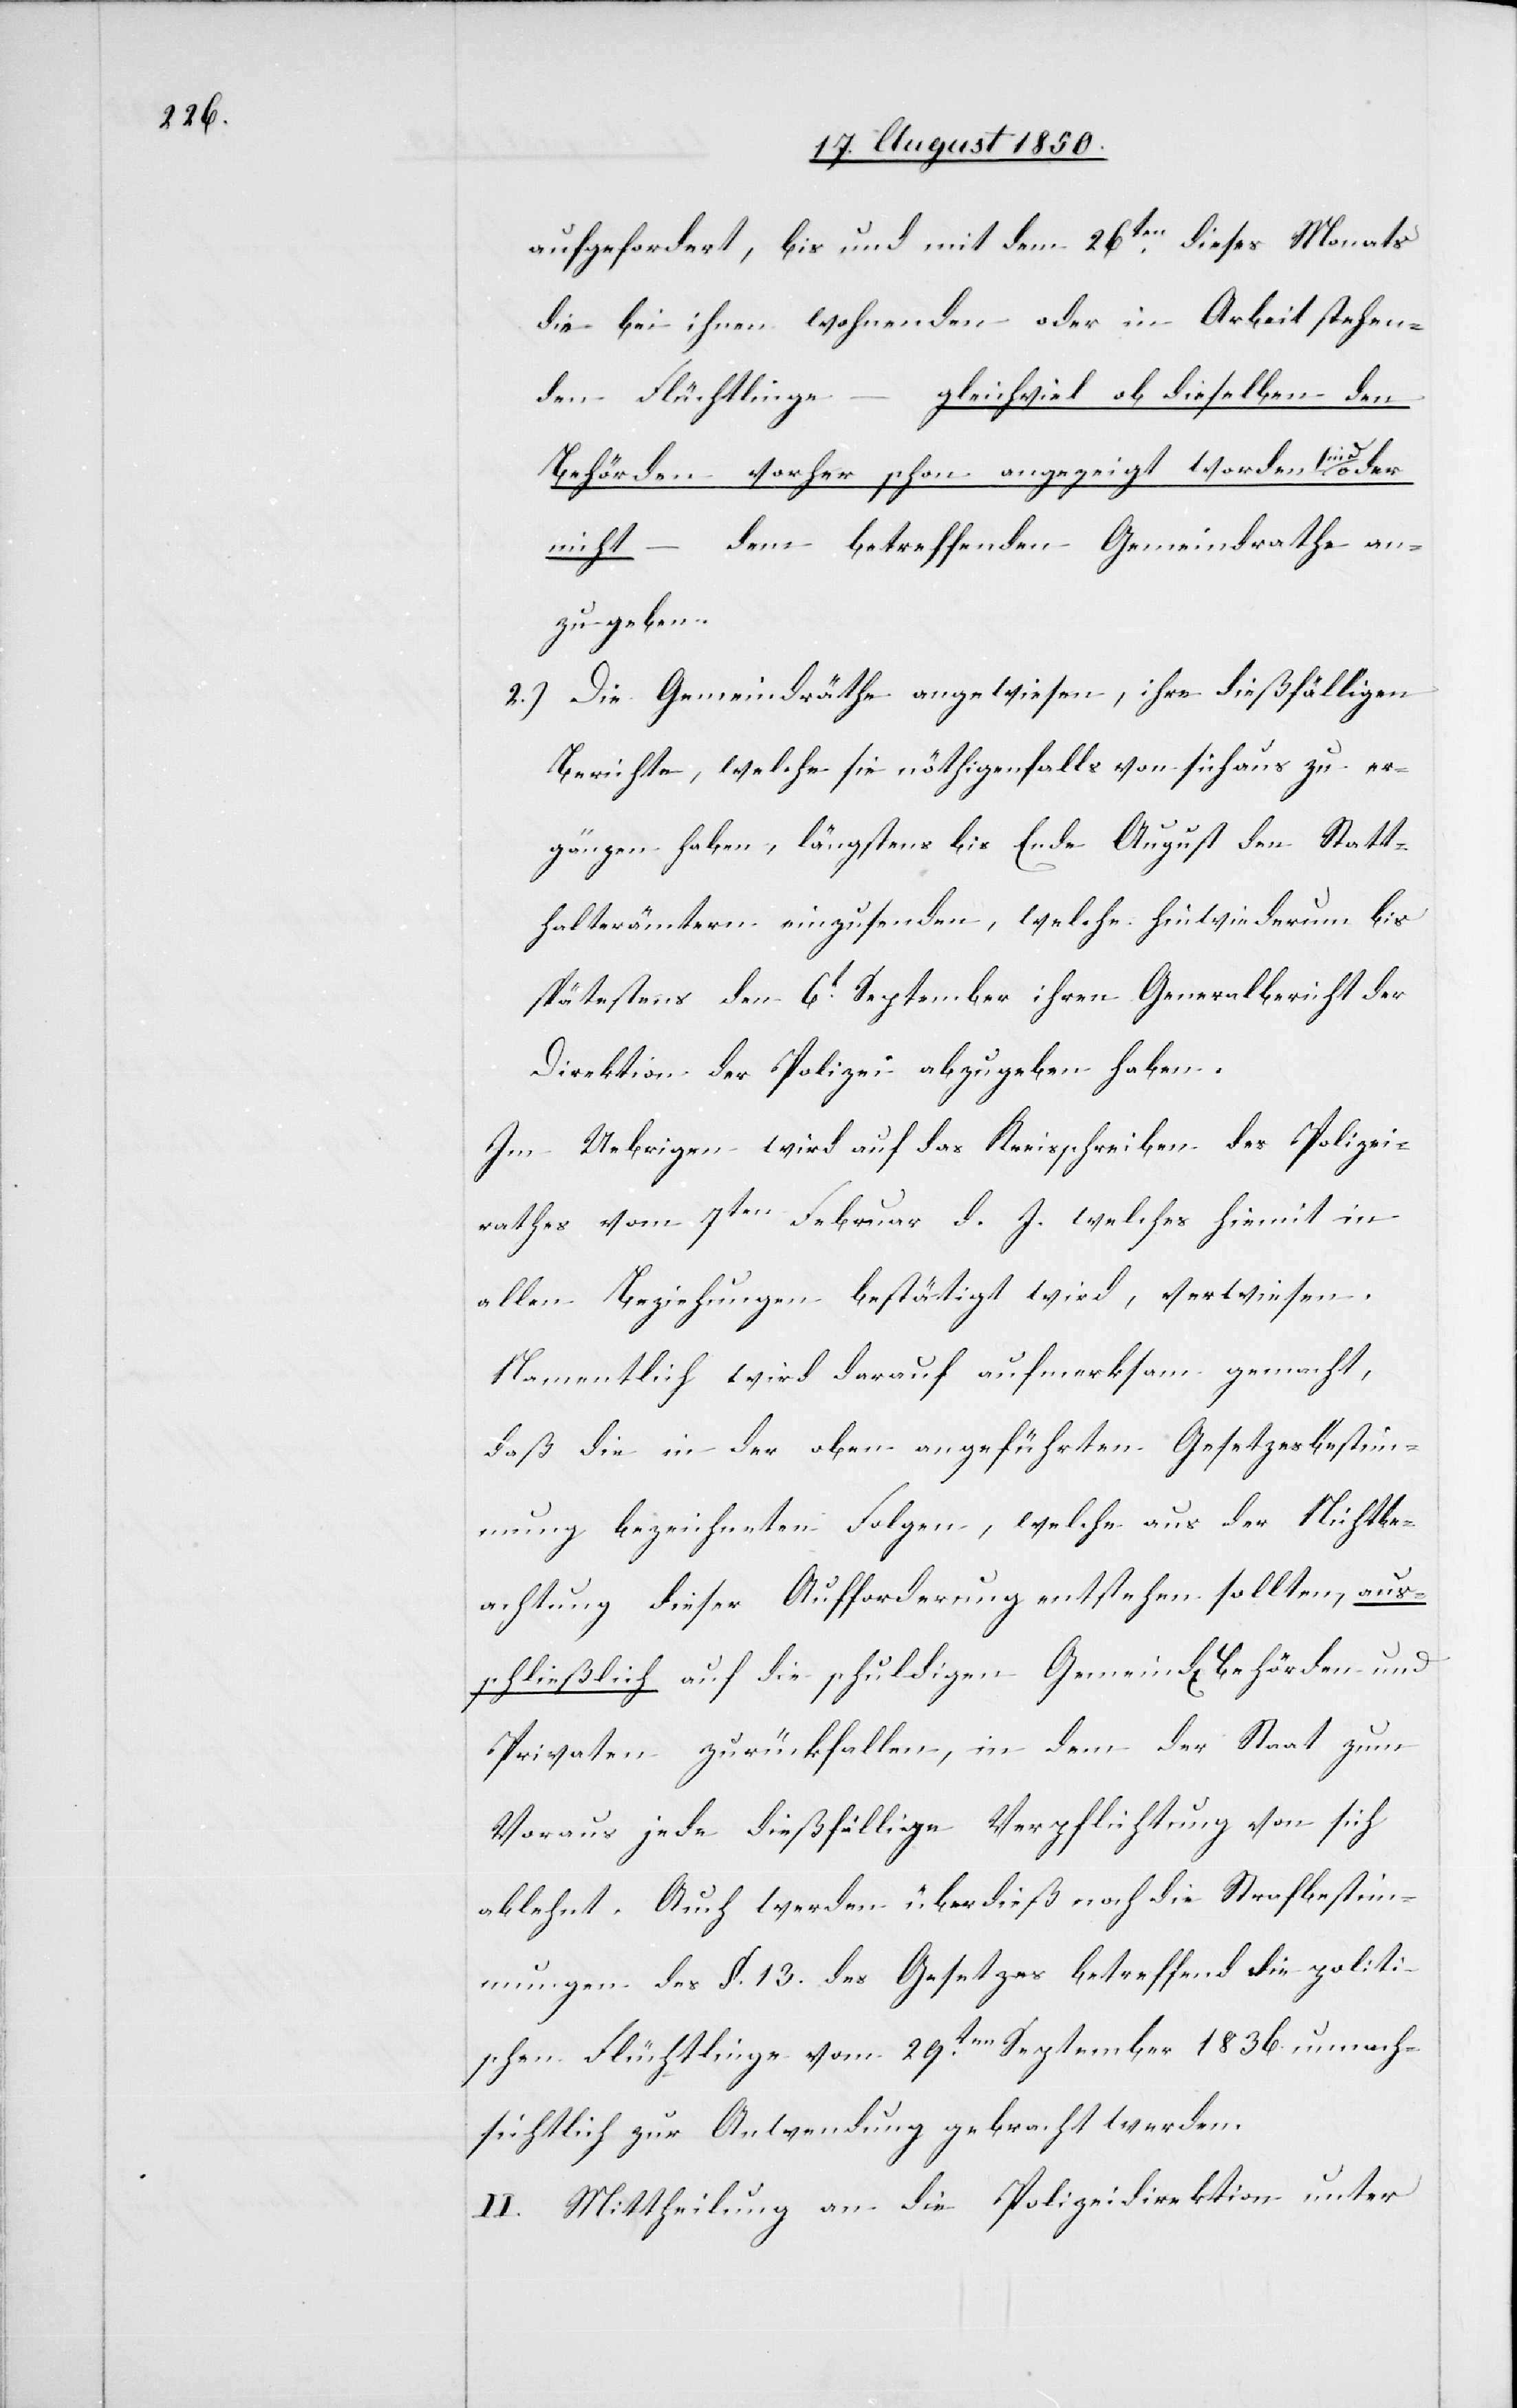
aufgefordert, bis und mit dem 26ten dieses Monats
die bei ihnen wohnenden oder in Arbeit stehen¬
den Flüchtlinge
gleichviel ob dieselben den
Behörden vorher schon angezeigt worden sind oder
nicht – dem betreffenden Gemeindrathe an¬
zugeben.
2.) Die Gemeindräthe angewiesen, ihre dießfälligen
Berichte, welche sie nöthigenfalls von sich aus zu er¬
gänzen haben, längstens bis Ende August den Statt¬
halterämtern einzusenden, welche hinwiederum bis
spätestens den 6t September ihren Generalbericht der
Direktion der Polizei abzugeben haben.
Im Uebrigen wird auf das Kreisschreiben des Polizei¬
rathes vom 7ten Februar d. J. welches hiemit in
allen Beziehungen bestätigt wird, verwiesen.
Namentlich wird darauf aufmerksam gemacht,
daß die in der oben angeführten Gesetzesbestim¬
mung bezeichneten Folgen, welche aus der Nichtbe¬
achtung dieser Aufforderung entstehen sollten, aus¬
schließlich auf die schuldigen Gemeind[s]behörden und
Privaten zurückfallen, in dem der Staat zum
Voraus jede dießfällige Verpflichtung von sich
ablehnt. Auch werden überdieß noch die Strafbestim¬
mungen des §. 13. des Gesetzes betreffend die politi¬
schen Flüchtlinge vom 29ten September 1836. unnach¬
sichtlich zur Anwendung gebracht werden.
II. Mittheilung an die Polizeidirektion unter